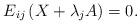
LaTeX: \begin{align*} E_{ij } \left(X+\lambda_j A\right) = 0.\end{align*}